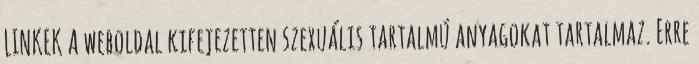
LINKEK A weboldal kifejezetten szexuális tartalmú anyagokat tartalmaz. Erre